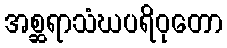
အစ္ဆရာသံဃပရိဝုတော